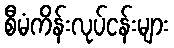
စီမံကိန်းလုပ်ငန်းများ